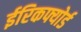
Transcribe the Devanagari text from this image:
ईरिकफ्योर्ड